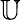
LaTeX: \mathbb{U}